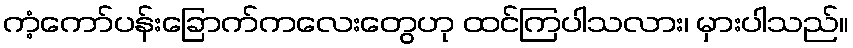
ကံ့ကော်ပန်းခြောက်ကလေးတွေဟု ထင်ကြပါသလား၊ မှားပါသည်။